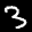
Label: 3